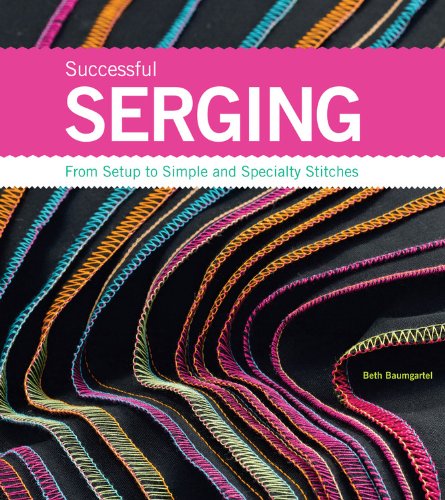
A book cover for Successful Serging: From Setup to Simple and Specialty Stitches; Beth Ann Baumgartel; Crafts, Hobbies & Home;